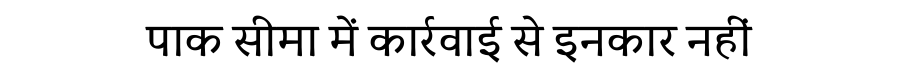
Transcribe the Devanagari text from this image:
पाक सीमा में कार्रवाई से इनकार नहीं